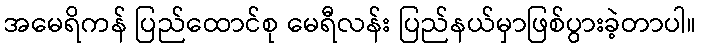
အမေရိကန် ပြည်ထောင်စု မေရီလန်း ပြည်နယ်မှာဖြစ်ပွားခဲ့တာပါ။